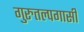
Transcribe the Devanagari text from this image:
गुरुतल्पगासी